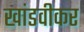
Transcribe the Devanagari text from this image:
खांडवीकर